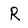
Character: R